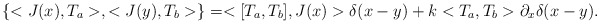
\begin{align*}\left\{ <J(x),T_a>,<J(y),T_b>\right\} = <[T_a,T_b],J(x)> \delta(x-y) + k<T_a,T_b> \partial_x\delta(x-y).\end{align*}